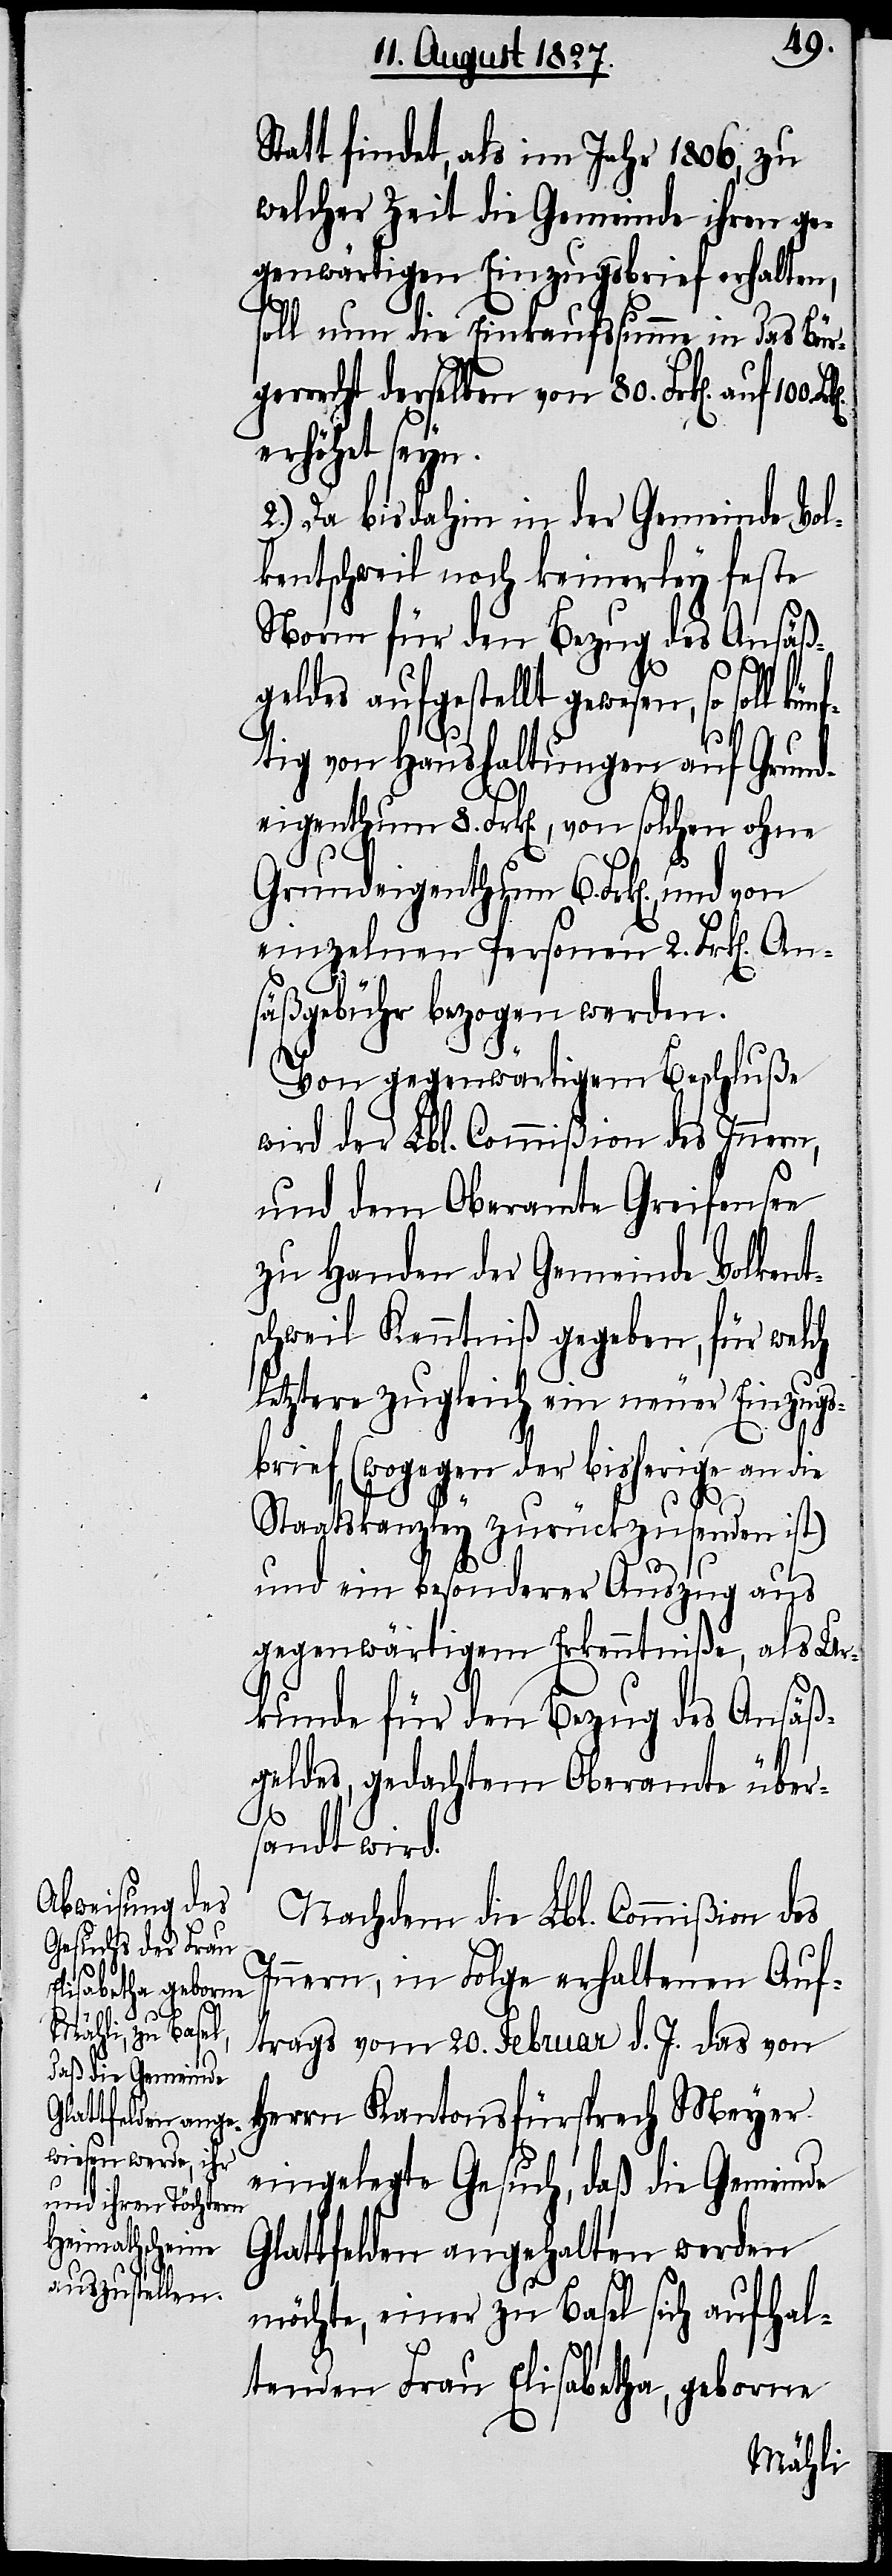
eigenthum 6.

Statt findet, als im Jahr 1806, zu
welcher Zeit die Gemeinde ihren ge¬
genwärtigen Einzugsbrief erhalten,
soll nun die Einkaufssumme in das Bürg¬
errecht derselben von 80. Frk[en]. auf
erhöhet seyn.
2.) Da bis dahin in der Gemeinde Vol¬
kentschweil noch keinerley feste
Norm für den Bezug des Ansäß¬
geldes aufgestellt gewesen,
tig von Haushaltungen auf Grund¬
einzelnen Personen 2. Frk[en]. An¬
säßgebühr bezogen werden.
Von gegenwärtigem Beschluße
wird der Lbl. Commißion des Innern,
und dem Oberamte Greifensee
zu Handen der Gemeinde Volkent¬
schweil Kenntniß gegeben, für welch
letztere zugleich ein neuer Einzugs¬
brief (wogegen der bisherige an die
Staatskanzley zurückzusenden ist)
und ein besonderer Auszug aus
gegenwärtigem Erkenntniße, als Ur¬
kunde für den Bezug des Ansäß¬
geldes, gedachtem Oberamte über¬
sandt wird.
Nachdem die Lbl. Commißion des
Innern, in Folge erhaltenen Auf¬
trags vom 20. Februar d. J. das von
Herrn Kantonsfürsprech Meyer
eingelegte Gesuch, daß die Gemeinde
Glattfelden angehalten werden
so
möchte, einer zu Basel sich aufhal¬
tenden Frau Elisabetha, geborne